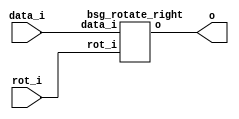


module top
(
  data_i,
  rot_i,
  o
);

  input [63:0] data_i;
  input [5:0] rot_i;
  output [63:0] o;

  bsg_rotate_right
  wrapper
  (
    .data_i(data_i),
    .rot_i(rot_i),
    .o(o)
  );


endmodule



module bsg_rotate_right
(
  data_i,
  rot_i,
  o
);

  input [63:0] data_i;
  input [5:0] rot_i;
  output [63:0] o;
  wire [63:0] o;
  wire SYNOPSYS_UNCONNECTED_1,SYNOPSYS_UNCONNECTED_2,SYNOPSYS_UNCONNECTED_3,
  SYNOPSYS_UNCONNECTED_4,SYNOPSYS_UNCONNECTED_5,SYNOPSYS_UNCONNECTED_6,
  SYNOPSYS_UNCONNECTED_7,SYNOPSYS_UNCONNECTED_8,SYNOPSYS_UNCONNECTED_9,SYNOPSYS_UNCONNECTED_10,
  SYNOPSYS_UNCONNECTED_11,SYNOPSYS_UNCONNECTED_12,SYNOPSYS_UNCONNECTED_13,
  SYNOPSYS_UNCONNECTED_14,SYNOPSYS_UNCONNECTED_15,SYNOPSYS_UNCONNECTED_16,SYNOPSYS_UNCONNECTED_17,
  SYNOPSYS_UNCONNECTED_18,SYNOPSYS_UNCONNECTED_19,SYNOPSYS_UNCONNECTED_20,
  SYNOPSYS_UNCONNECTED_21,SYNOPSYS_UNCONNECTED_22,SYNOPSYS_UNCONNECTED_23,
  SYNOPSYS_UNCONNECTED_24,SYNOPSYS_UNCONNECTED_25,SYNOPSYS_UNCONNECTED_26,SYNOPSYS_UNCONNECTED_27,
  SYNOPSYS_UNCONNECTED_28,SYNOPSYS_UNCONNECTED_29,SYNOPSYS_UNCONNECTED_30,
  SYNOPSYS_UNCONNECTED_31,SYNOPSYS_UNCONNECTED_32,SYNOPSYS_UNCONNECTED_33,
  SYNOPSYS_UNCONNECTED_34,SYNOPSYS_UNCONNECTED_35,SYNOPSYS_UNCONNECTED_36,SYNOPSYS_UNCONNECTED_37,
  SYNOPSYS_UNCONNECTED_38,SYNOPSYS_UNCONNECTED_39,SYNOPSYS_UNCONNECTED_40,
  SYNOPSYS_UNCONNECTED_41,SYNOPSYS_UNCONNECTED_42,SYNOPSYS_UNCONNECTED_43,
  SYNOPSYS_UNCONNECTED_44,SYNOPSYS_UNCONNECTED_45,SYNOPSYS_UNCONNECTED_46,SYNOPSYS_UNCONNECTED_47,
  SYNOPSYS_UNCONNECTED_48,SYNOPSYS_UNCONNECTED_49,SYNOPSYS_UNCONNECTED_50,
  SYNOPSYS_UNCONNECTED_51,SYNOPSYS_UNCONNECTED_52,SYNOPSYS_UNCONNECTED_53,
  SYNOPSYS_UNCONNECTED_54,SYNOPSYS_UNCONNECTED_55,SYNOPSYS_UNCONNECTED_56,SYNOPSYS_UNCONNECTED_57,
  SYNOPSYS_UNCONNECTED_58,SYNOPSYS_UNCONNECTED_59,SYNOPSYS_UNCONNECTED_60,
  SYNOPSYS_UNCONNECTED_61,SYNOPSYS_UNCONNECTED_62,SYNOPSYS_UNCONNECTED_63;
  assign { SYNOPSYS_UNCONNECTED_1, SYNOPSYS_UNCONNECTED_2, SYNOPSYS_UNCONNECTED_3, SYNOPSYS_UNCONNECTED_4, SYNOPSYS_UNCONNECTED_5, SYNOPSYS_UNCONNECTED_6, SYNOPSYS_UNCONNECTED_7, SYNOPSYS_UNCONNECTED_8, SYNOPSYS_UNCONNECTED_9, SYNOPSYS_UNCONNECTED_10, SYNOPSYS_UNCONNECTED_11, SYNOPSYS_UNCONNECTED_12, SYNOPSYS_UNCONNECTED_13, SYNOPSYS_UNCONNECTED_14, SYNOPSYS_UNCONNECTED_15, SYNOPSYS_UNCONNECTED_16, SYNOPSYS_UNCONNECTED_17, SYNOPSYS_UNCONNECTED_18, SYNOPSYS_UNCONNECTED_19, SYNOPSYS_UNCONNECTED_20, SYNOPSYS_UNCONNECTED_21, SYNOPSYS_UNCONNECTED_22, SYNOPSYS_UNCONNECTED_23, SYNOPSYS_UNCONNECTED_24, SYNOPSYS_UNCONNECTED_25, SYNOPSYS_UNCONNECTED_26, SYNOPSYS_UNCONNECTED_27, SYNOPSYS_UNCONNECTED_28, SYNOPSYS_UNCONNECTED_29, SYNOPSYS_UNCONNECTED_30, SYNOPSYS_UNCONNECTED_31, SYNOPSYS_UNCONNECTED_32, SYNOPSYS_UNCONNECTED_33, SYNOPSYS_UNCONNECTED_34, SYNOPSYS_UNCONNECTED_35, SYNOPSYS_UNCONNECTED_36, SYNOPSYS_UNCONNECTED_37, SYNOPSYS_UNCONNECTED_38, SYNOPSYS_UNCONNECTED_39, SYNOPSYS_UNCONNECTED_40, SYNOPSYS_UNCONNECTED_41, SYNOPSYS_UNCONNECTED_42, SYNOPSYS_UNCONNECTED_43, SYNOPSYS_UNCONNECTED_44, SYNOPSYS_UNCONNECTED_45, SYNOPSYS_UNCONNECTED_46, SYNOPSYS_UNCONNECTED_47, SYNOPSYS_UNCONNECTED_48, SYNOPSYS_UNCONNECTED_49, SYNOPSYS_UNCONNECTED_50, SYNOPSYS_UNCONNECTED_51, SYNOPSYS_UNCONNECTED_52, SYNOPSYS_UNCONNECTED_53, SYNOPSYS_UNCONNECTED_54, SYNOPSYS_UNCONNECTED_55, SYNOPSYS_UNCONNECTED_56, SYNOPSYS_UNCONNECTED_57, SYNOPSYS_UNCONNECTED_58, SYNOPSYS_UNCONNECTED_59, SYNOPSYS_UNCONNECTED_60, SYNOPSYS_UNCONNECTED_61, SYNOPSYS_UNCONNECTED_62, SYNOPSYS_UNCONNECTED_63, o } = { data_i[62:0], data_i } >> rot_i;

endmodule